Senior Leaving Certificate Examination (including Day School Certificate (Higher) General paper), 1950
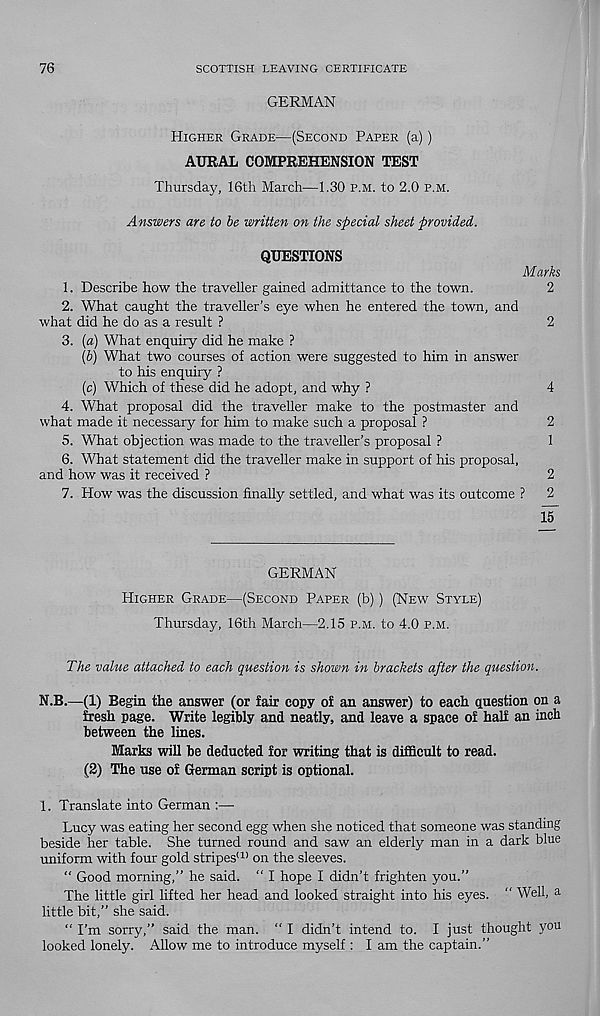
76
SCOTTISH LEAVING CERTIFICATE
GERMAN
Higher Grade—(Second Paper (a))
AURAL COMPREHENSION TEST
Thursday, 16th March—1.30 p.m. to 2.0 p.m.
Answers are to be written on the special sheet provided.
QUESTIONS
Marks
1. Describe how the traveller gained admittance to the town.
2
2. What caught the traveller’s eye when he entered the town, and
what did he do as a result ?
2
3. (a) What enquiry did he make ?
{b) What two courses of action were suggested to him in answer
to his enquiry ?
(c) Which of these did he adopt, and why ?
4
4. What proposal did the traveller make to the postmaster and
what made it necessary for him to make such a proposal ?
2
5. What objection was made to the traveller’s proposal ?
1
6. What statement did the traveller make in support of his proposal,
and how was it received ?
2
7. How was the discussion finally settled, and what was its outcome ? 2
15
GERMAN
Higher Grade—(Second Paper (b)) (New Style)
Thursday, 16th March—2.15 p.m. to 4.0 p.m.
The value attached to each question is shown in brackets after the question.
N.B,—(1) Begin the answer (or fair copy of an answer) to each question on a
fresh page. Write legibly and neatly, and leave a space of half an inch
between the lines.
Marks will be deducted for writing that is difficult to read.
(2) The use of German script is optional.
1. Translate into German :—
Lucy was eating her second egg when she noticed that someone was standing
beside her table. She turned round and saw an elderly man in a dark blue
uniform with four gold stripes (1) on the sleeves.
“ Good morning,” he said. “ I hope I didn’t frighten you.”
The little girl lifted her head and looked straight into his eyes. “ Well, a
little bit,” she said.
“ I'm sorry,” said the man. “ I didn’t intend to. I just thought you
looked lonely. Allow me to introduce myself : I am the captain.”